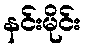
နင်းမိုင်း